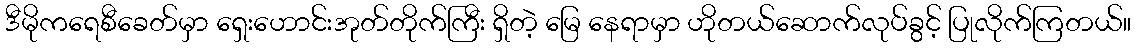
ဒီမိုကရေစီခေတ်မှာ ရှေးဟောင်းအုတ်တိုက်ကြီး ရှိတဲ့ မြေ နေရာမှာ ဟိုတယ်ဆောက်လုပ်ခွင့် ပြုလိုက်ကြတယ်။